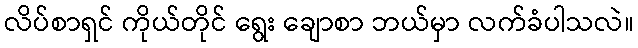
လိပ်စာရှင် ကိုယ်တိုင် ရွေး ချောစာ ဘယ်မှာ လက်ခံပါသလဲ။